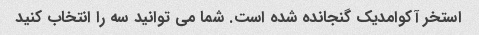
استخر آکوامدیک گنجانده شده است. شما می توانید سه را انتخاب کنید